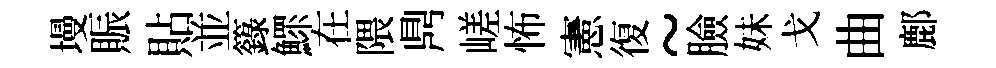
墁賑貼並籙鰥在隈𪔂嵯怖憲復~臉妹戈曲鄜